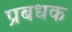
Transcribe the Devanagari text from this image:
प्रबधक